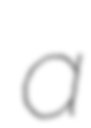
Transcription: a